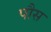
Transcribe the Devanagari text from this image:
पौस